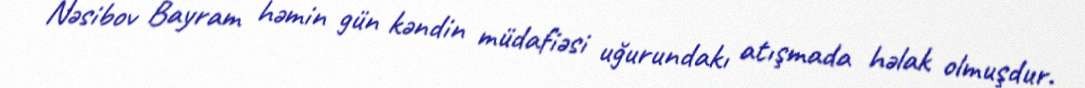
Nəsibov Bayram həmin gün kəndin müdafiəsi uğurundakı atışmada həlak olmuşdur.